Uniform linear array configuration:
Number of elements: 12
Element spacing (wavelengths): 0.75
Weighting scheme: hamming
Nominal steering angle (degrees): -30
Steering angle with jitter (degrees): -28.079
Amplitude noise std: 0.05
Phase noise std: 0.05

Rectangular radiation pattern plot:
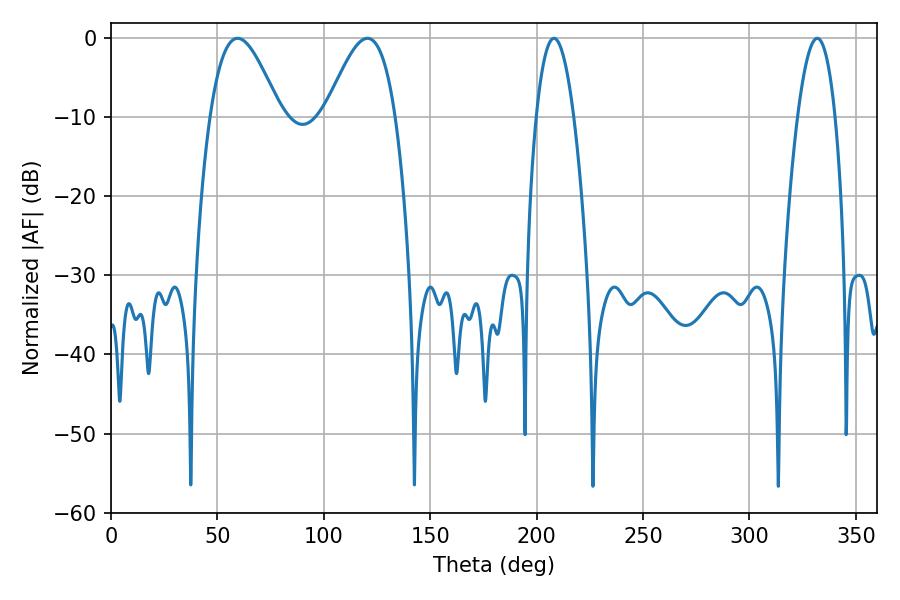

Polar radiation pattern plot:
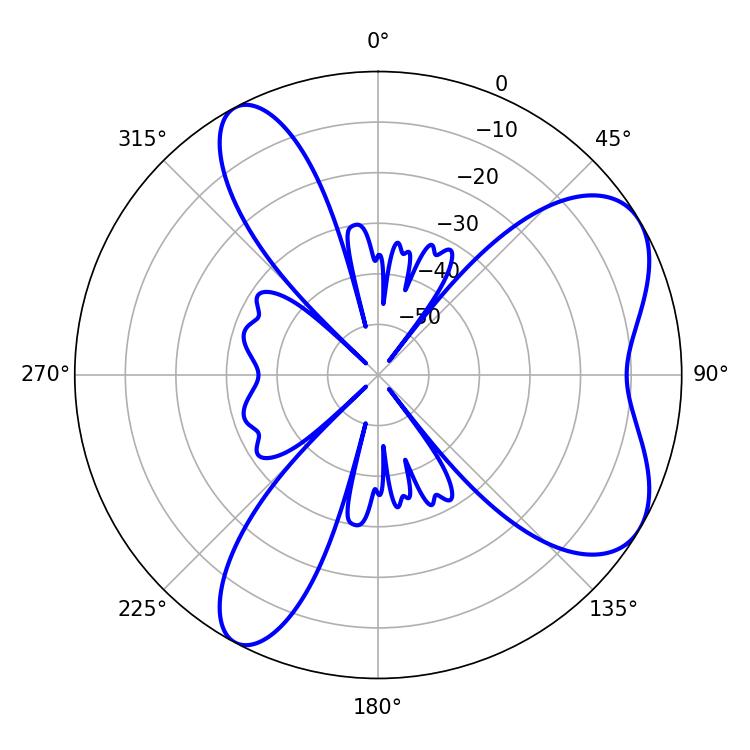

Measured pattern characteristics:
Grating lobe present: TRUE
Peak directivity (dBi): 6.582
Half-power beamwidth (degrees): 17.64
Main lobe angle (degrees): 59.58